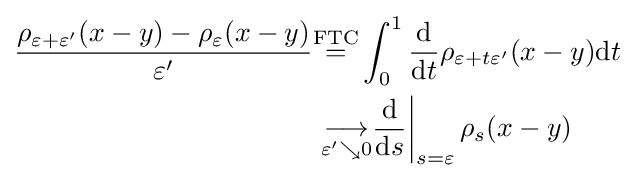
{\begin{aligned}{\frac {\rho _{\varepsilon +\varepsilon ^{\prime }}(x-y)-\rho _{\varepsilon }(x-y)}{\varepsilon ^{\prime }}}&{\stackrel {\mathrm {FTC} }{=}}\int _{0}^{1}{\frac {\mathrm {d} }{\mathrm {d} t}}\rho _{\varepsilon +t\varepsilon ^{\prime }}(x-y)\mathrm {d} t\\&\left.{\underset {\varepsilon ^{\prime }\searrow 0}{\longrightarrow }}{\frac {\mathrm {d} }{\mathrm {d} s}}\right|_{s=\varepsilon }\rho _{s}(x-y)\end{aligned}}